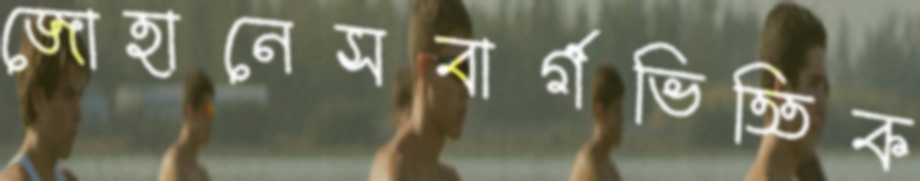
জোহানেসবার্গভিত্তিক